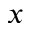
x